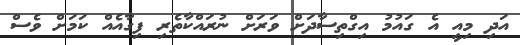
އަދި މިއީ އެ ގައުމު އިގްތިސާދަށް ވަރަށް ނުރައްކާތެރި ފިގާއެއް ކަމަށް ވެސް